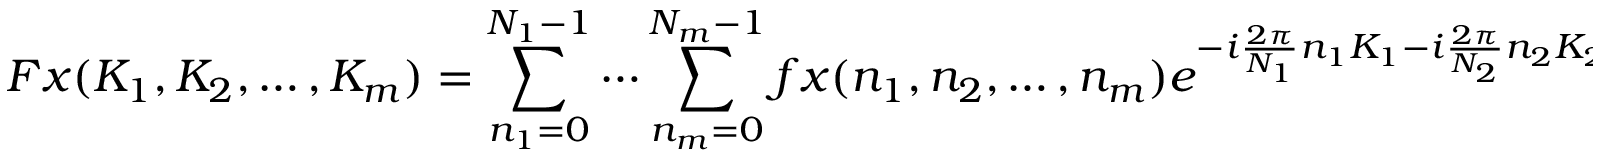
F x ( K _ { 1 } , K _ { 2 } , \ldots , K _ { m } ) = \sum _ { n _ { 1 } = 0 } ^ { N _ { 1 } - 1 } \cdots \sum _ { n _ { m } = 0 } ^ { N _ { m } - 1 } f x ( n _ { 1 } , n _ { 2 } , \ldots , n _ { m } ) e ^ { - i { \frac { 2 \pi } { N _ { 1 } } } n _ { 1 } K _ { 1 } - i { \frac { 2 \pi } { N _ { 2 } } } n _ { 2 } K _ { 2 } \cdots - i { \frac { 2 \pi } { N _ { m } } } n _ { m } K _ { m } }